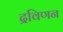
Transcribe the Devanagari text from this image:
द्रविणन